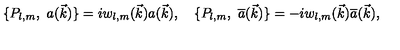
\{ P _ { l , m } , \ a ( \vec { k } ) \} = i w _ { l , m } ( \vec { k } ) a ( \vec { k } ) , \quad \{ P _ { l , m } , \ { \overline { { a } } } ( \vec { k } ) \} = - i w _ { l , m } ( \vec { k } ) { \overline { { a } } } ( \vec { k } ) ,